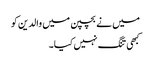
میں نے بچپن میں والدین کو
کبھی تنگ نہیں کیا۔